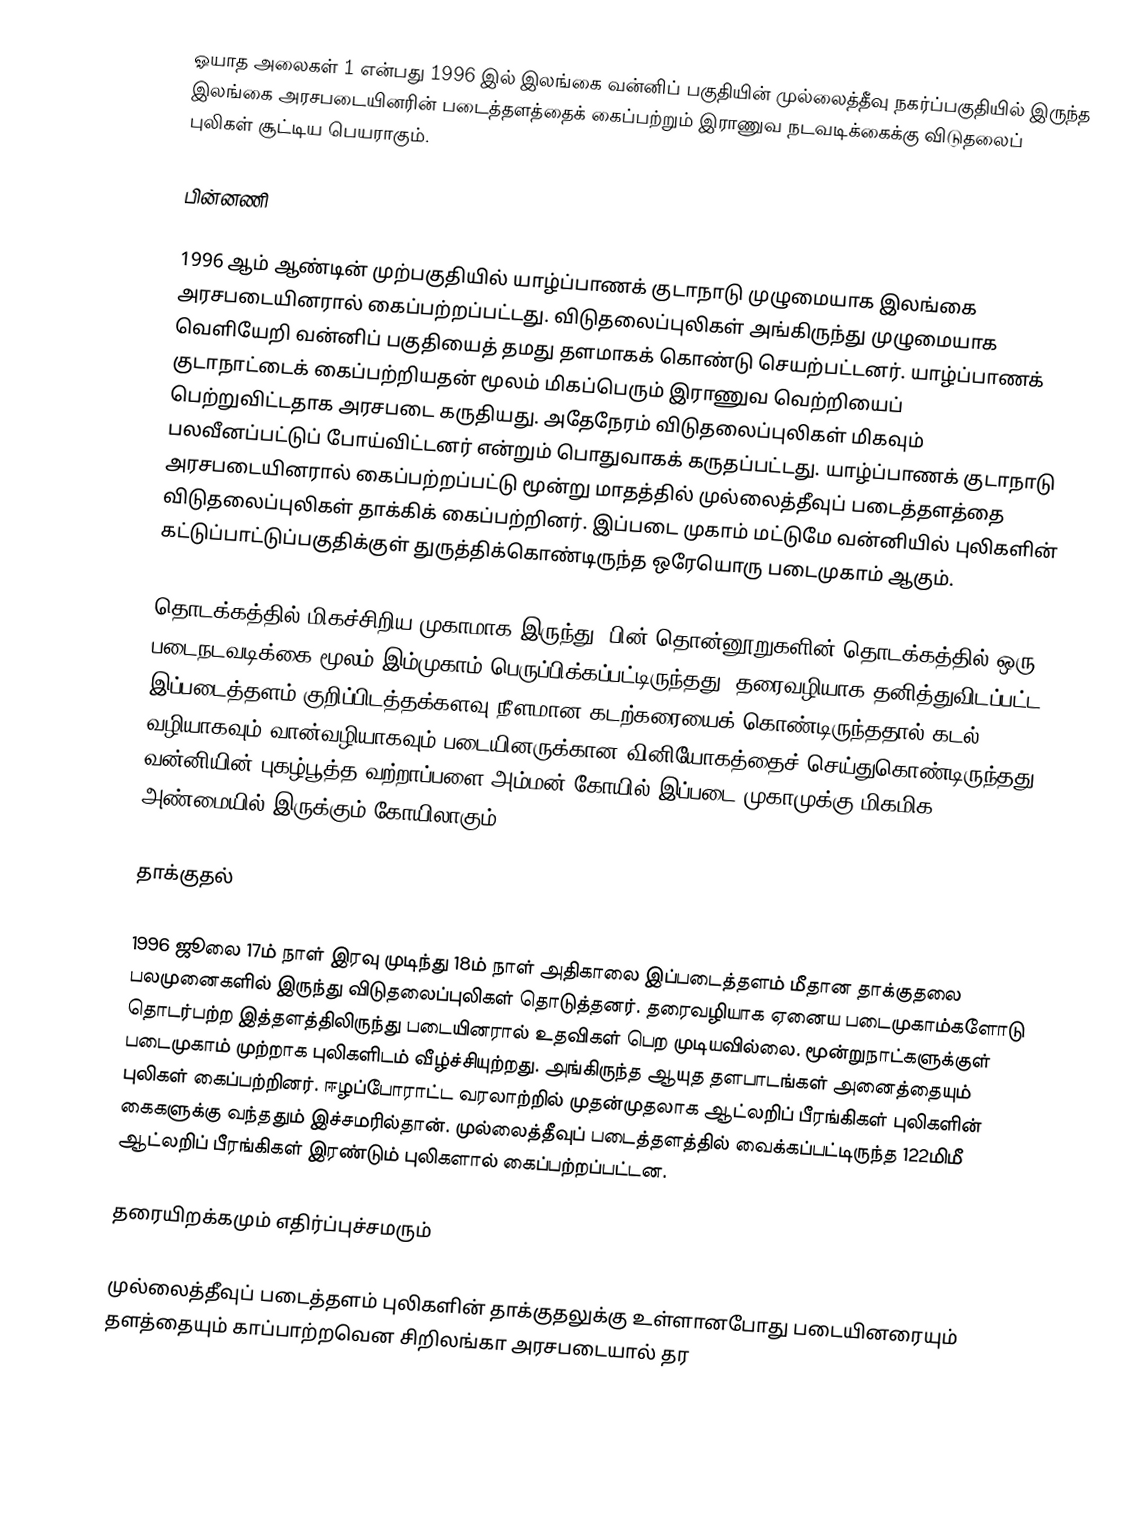
ஓயாத அலைகள் 1 என்பது 1996 இல் இலங்கை வன்னிப் பகுதியின் முல்லைத்தீவு நகர்ப்பகுதியில் இருந்த இலங்கை அரசபடையினரின் படைத்தளத்தைக் கைப்பற்றும் இராணுவ நடவடிக்கைக்கு விடுதலைப் புலிகள் சூட்டிய பெயராகும்.

பின்னணி

1996 ஆம் ஆண்டின் முற்பகுதியில் யாழ்ப்பாணக் குடாநாடு முழுமையாக இலங்கை அரசபடையினரால் கைப்பற்றப்பட்டது. விடுதலைப்புலிகள் அங்கிருந்து முழுமையாக வெளியேறி வன்னிப் பகுதியைத் தமது தளமாகக் கொண்டு செயற்பட்டனர். யாழ்ப்பாணக் குடாநாட்டைக் கைப்பற்றியதன் மூலம் மிகப்பெரும் இராணுவ வெற்றியைப் பெற்றுவிட்டதாக அரசபடை கருதியது. அதேநேரம் விடுதலைப்புலிகள் மிகவும் பலவீனப்பட்டுப் போய்விட்டனர் என்றும் பொதுவாகக் கருதப்பட்டது. யாழ்ப்பாணக் குடாநாடு அரசபடையினரால் கைப்பற்றப்பட்டு மூன்று மாதத்தில் முல்லைத்தீவுப் படைத்தளத்தை விடுதலைப்புலிகள் தாக்கிக் கைப்பற்றினர். இப்படை முகாம் மட்டுமே வன்னியில் புலிகளின் கட்டுப்பாட்டுப்பகுதிக்குள் துருத்திக்கொண்டிருந்த ஒரேயொரு படைமுகாம் ஆகும்.

தொடக்கத்தில் மிகச்சிறிய முகாமாக இருந்து, பின் தொன்னூறுகளின் தொடக்கத்தில் ஒரு படைநடவடிக்கை மூலம் இம்முகாம் பெருப்பிக்கப்பட்டிருந்தது. தரைவழியாக தனித்துவிடப்பட்ட இப்படைத்தளம் குறிப்பிடத்தக்களவு நீளமான கடற்கரையைக் கொண்டிருந்ததால் கடல் வழியாகவும் வான்வழியாகவும் படையினருக்கான வினியோகத்தைச் செய்துகொண்டிருந்தது. வன்னியின் புகழ்பூத்த வற்றாப்பளை அம்மன் கோயில் இப்படை முகாமுக்கு மிகமிக அண்மையில் இருக்கும் கோயிலாகும்.

தாக்குதல்

1996 ஜூலை 17ம் நாள் இரவு முடிந்து 18ம் நாள் அதிகாலை இப்படைத்தளம் மீதான தாக்குதலை பலமுனைகளில் இருந்து விடுதலைப்புலிகள் தொடுத்தனர். தரைவழியாக ஏனைய படைமுகாம்களோடு தொடர்பற்ற இத்தளத்திலிருந்து படையினரால் உதவிகள் பெற முடியவில்லை. மூன்றுநாட்களுக்குள் படைமுகாம் முற்றாக புலிகளிடம் வீழ்ச்சியுற்றது. அங்கிருந்த ஆயுத தளபாடங்கள் அனைத்தையும் புலிகள் கைப்பற்றினர். ஈழப்போராட்ட வரலாற்றில் முதன்முதலாக ஆட்லறிப் பீரங்கிகள் புலிகளின் கைகளுக்கு வந்ததும் இச்சமரில்தான். முல்லைத்தீவுப் படைத்தளத்தில் வைக்கப்பட்டிருந்த 122மிமீ ஆட்லறிப் பீரங்கிகள் இரண்டும் புலிகளால் கைப்பற்றப்பட்டன.

தரையிறக்கமும் எதிர்ப்புச்சமரும்

முல்லைத்தீவுப் படைத்தளம் புலிகளின் தாக்குதலுக்கு உள்ளானபோது படையினரையும் தளத்தையும் காப்பாற்றவென சிறிலங்கா அரசபடையால் தர